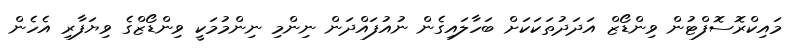
މައިކްރޮސޮފްޓުން ވިންޑޯޒް އަދަދުތަކަކަށް ބަހާލައިގެން ނުއުފައްދަން ނިންމި ނިންމުމަކީ ވިންޑޯޒްގެ ވިޔަފާރި އެހެން